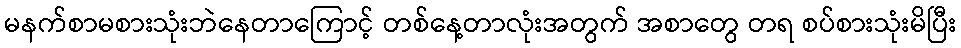
မနက်စာမစားသုံးဘဲနေတာကြောင့် တစ်နေ့တာလုံးအတွက် အစာတွေ တရ စပ်စားသုံးမိပြီး